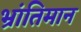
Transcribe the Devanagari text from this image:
भ्रांतिमान